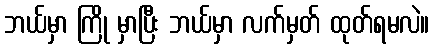
ဘယ်မှာ ကြို မှာပြီး ဘယ်မှာ လက်မှတ် ထုတ်ရမလဲ။